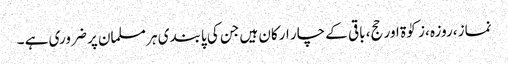
نماز ،روزہ ،زکوٰۃ اور حج، باقی کے چار ارکان ہیں جن کی پابندی ہر مسلمان پر ضروری ہے ۔